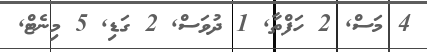
4 މަސް